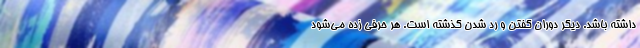
داشته باشد. دیگر دوران گفتن و رد شدن گذشته است. هر حرفی زده می‌شود